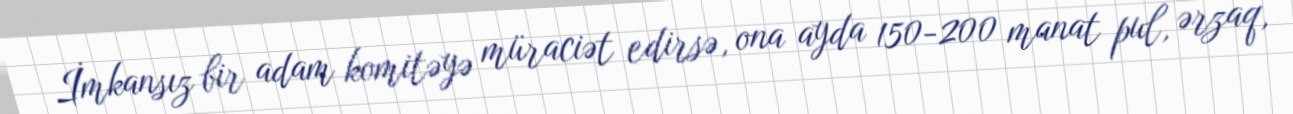
İmkansız bir adam komitəyə müraciət edirsə, ona ayda 150-200 manat pul, ərzaq,